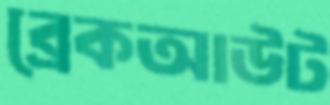
ব্রেকআউট